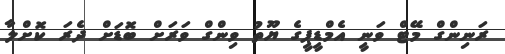
ރަނިންގް މޭޓް ވަނީ އެމްޑީޕީގެ ޔޫތު ވިންގް ވަރަށް ބޮޑަށް ދެރަ ކޮށްލާ